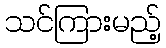
သင်ကြားမည့်